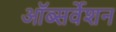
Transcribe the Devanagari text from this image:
ऑब्सर्वेशन